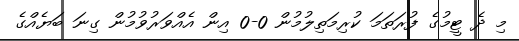
މި ދެ ޓީމުގެ ފުރަތަމަ ކުރިމަތިލުމުން 0-0 އިން އެއްވަރުވުމުން ގިނަ ބަޔެއްގެ